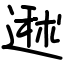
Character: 䢤